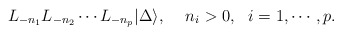
\begin{align*}L_{-n_1}L_{-n_2}\cdots L_{-n_p}|\Delta \rangle,\,\,\,\,\,\,\,n_i >0, \,\,\,\,i=1, \cdots, p.\end{align*}